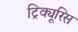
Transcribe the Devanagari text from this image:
ट्रिक्यूरिस